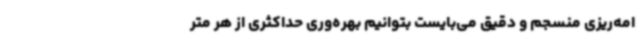
امه‌ریزی منسجم و دقیق می‌بایست بتوانیم بهره‌وری حداکثری از هر متر